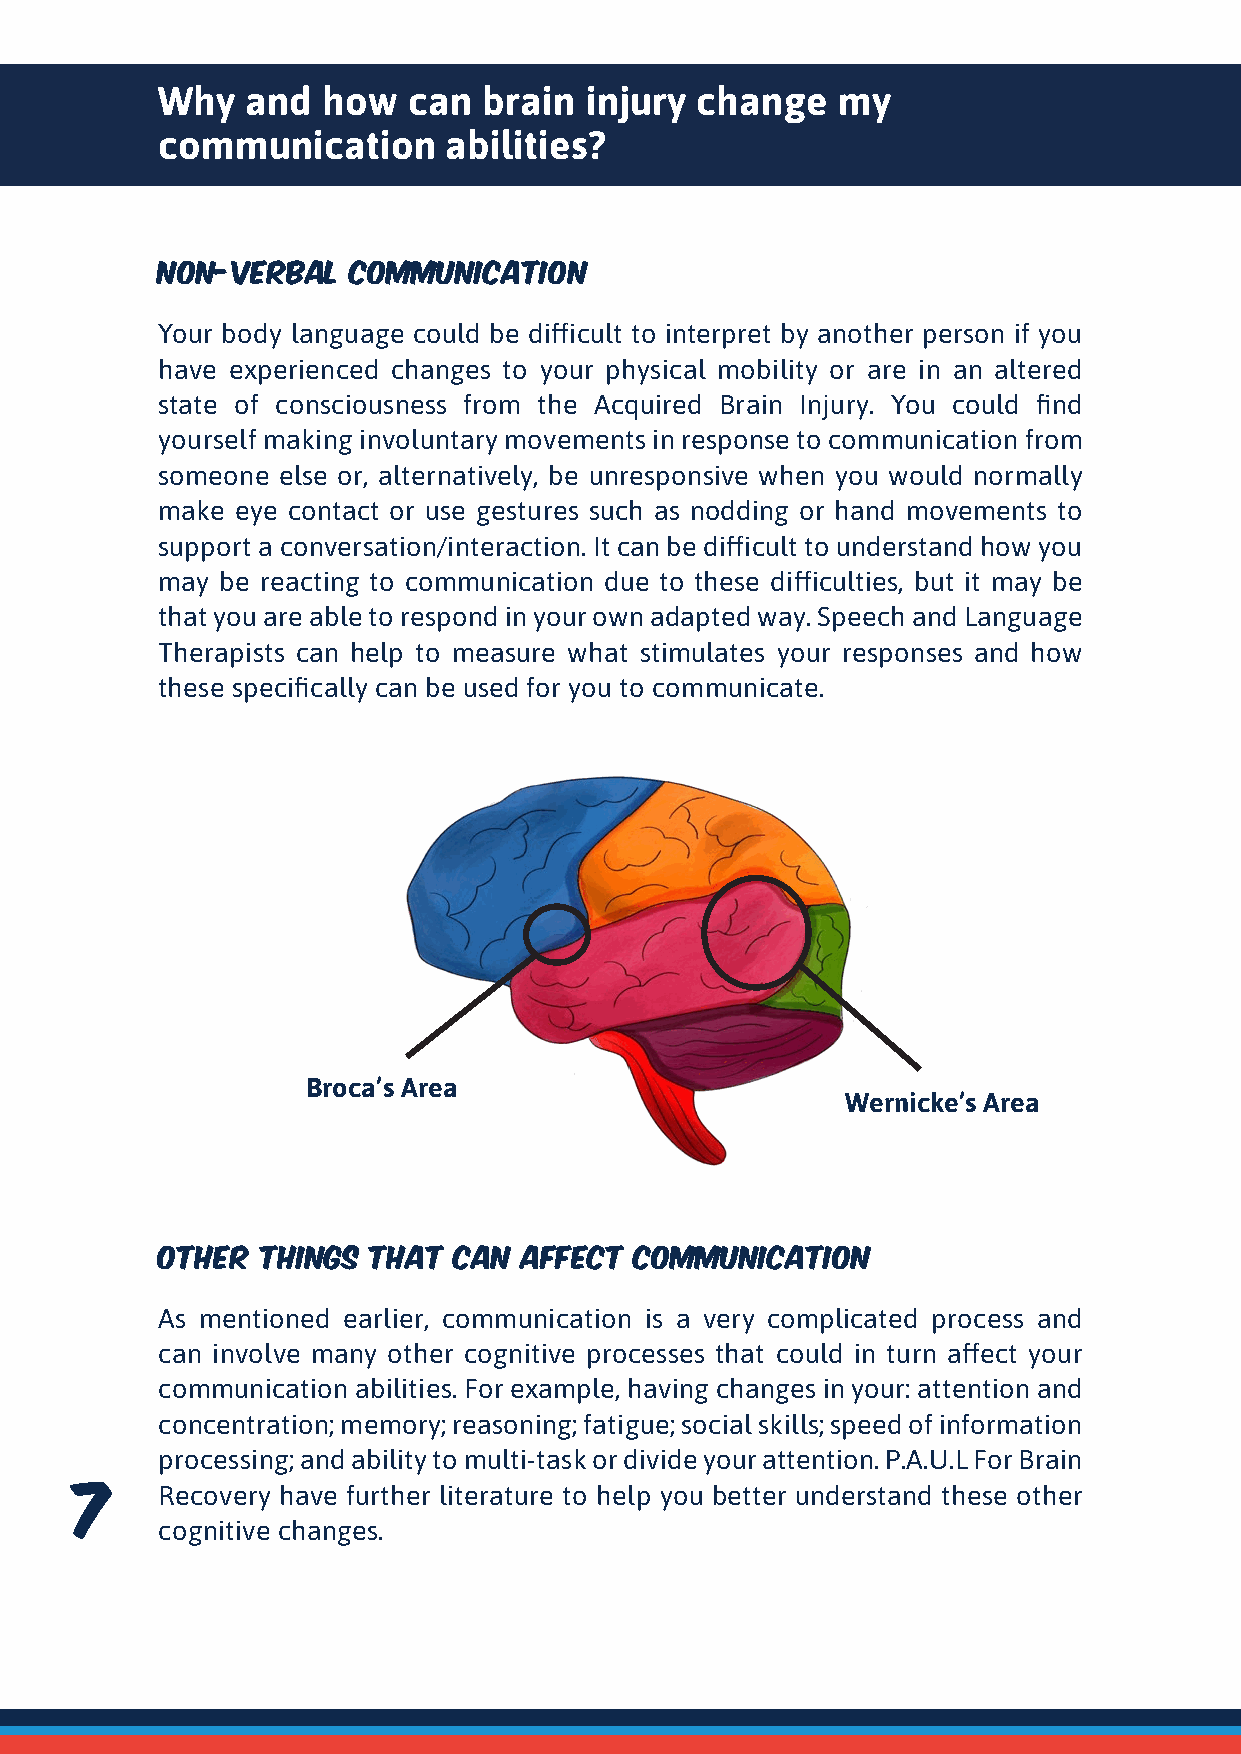
Why   and  how   can  brain  injury change   my
 communication       abilities?
 Non-verbal   communication
 Your body language could be difficult to interpret by another person if you
 have experienced changes to your physical mobility or are in an altered
 state of consciousness from the Acquired Brain Injury. You could find
 yourself making involuntary movements in response to communication from
 someone else or, alternatively, be unresponsive when you would normally
 make  eye contact or use gestures such as nodding or hand movements to
 support a conversation/interaction. It can be difficult to understand how you
 may  be reacting to communication due to these difficulties, but it may be
 that you are able to respond in your own adapted way. Speech and Language
 Therapists can help to measure what stimulates your responses and how
 these specifically can be used for you to communicate.
 Broca’s Area
 Wernicke’s Area
 Other  things that  can  affect communication
 As mentioned earlier, communication is a very complicated process and
 can involve many other cognitive processes that could in turn affect your
 communication abilities. For example, having changes in your: attention and
 concentration; memory; reasoning; fatigue; social skills; speed of information
 processing; and ability to multi-task or divide your attention. P.A.U.L For Brain
 66   77   Recovery have further literature to help you better understand these other
 cognitive changes.